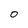
Character: 0